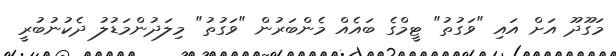
މަގޫދޫ އަށް އައި "ވަގުތު" ޓީމްގެ ބައެއް މެންބަރުން "ވަގުތު" މިލަދުންމަޑުލު ދެކުނުބުރީ